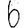
Digit: 6